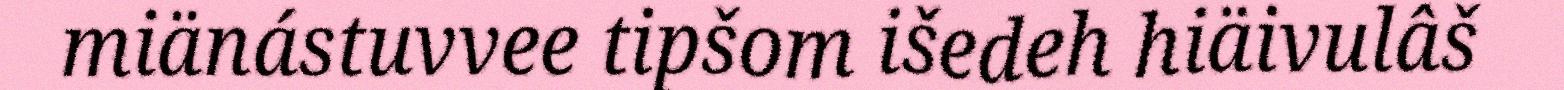
miänástuvvee tipšom išedeh hiäivulâš